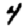
Digit: 4